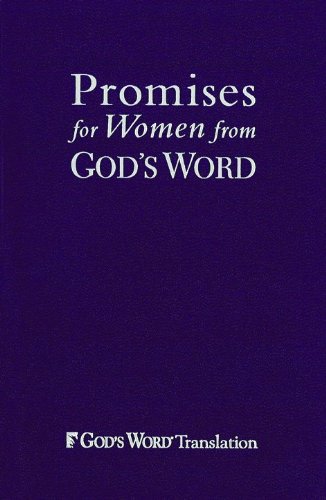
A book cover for Promises for Women from GOD'S WORD Purple Imitation Leather; Christian Books & Bibles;